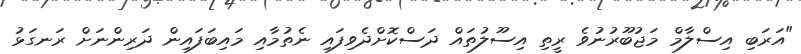
"އަރަބި އިސްލާމް މަޖުބޫރުނުވެ ރީތި އިސޫލުތައް ދަސްކޮށްދެވިފައި ނެތުމާއި މައިބަފައިން ދަރިންނަށް ރަނގަޅު